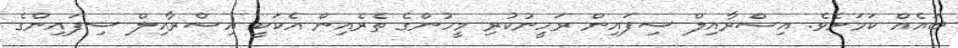
ބައެއް ކަމަށެވެ. އިސްރާއިލް ސިފައިން ރަހީނުކުރި މީހުންގެ ތެރެއިން އެކަކީ އިސްރާއިލް ސިފައިންގެ